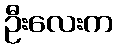
ဦးလေးက